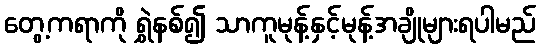
တွေ့ကရာကို ရွှဲနစ်၍ သာကူမုန့်နှင့်မုန့်အချိုများရပါမည်